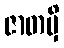
ဇာတမှိ